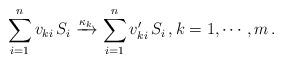
LaTeX: \begin{align*} \sum_{i = 1}^{n} v_{ki}\, S_i \xrightarrow{\kappa_k} \sum_{i = 1}^{n} v_{ki}'\, S_i\,, k = 1, \cdots, m\,. \end{align*}